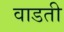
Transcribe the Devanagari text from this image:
वाडती